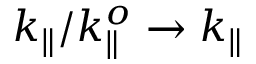
k _ { \parallel } / k _ { \parallel } ^ { o } \rightarrow k _ { \parallel }